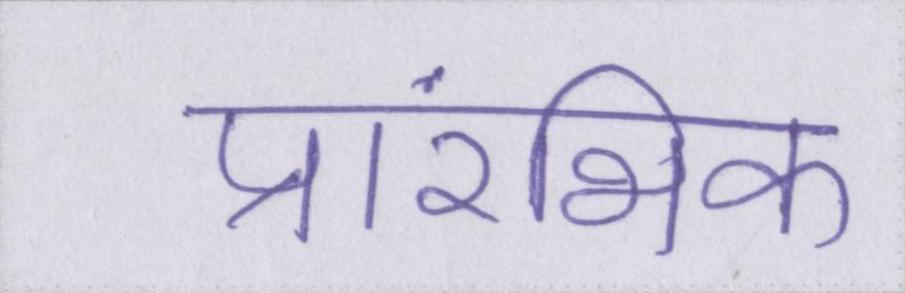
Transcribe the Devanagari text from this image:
प्रारंभिक